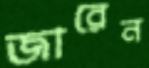
জারেন